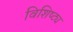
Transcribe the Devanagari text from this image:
विशिष्ट्य